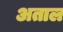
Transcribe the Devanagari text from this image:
अताल